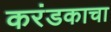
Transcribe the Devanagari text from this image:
करंडकाचा